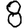
Digit: 8